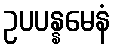
ဥပပန္နမေနံ